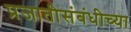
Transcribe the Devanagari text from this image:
प्रजातीसंबंधीच्या